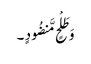
وَ طَلْحٍ مَّنضُودٍ ۔